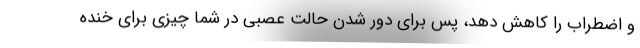
و اضطراب را کاهش دهد، پس برای دور شدن حالت عصبی در شما چیزی برای خنده